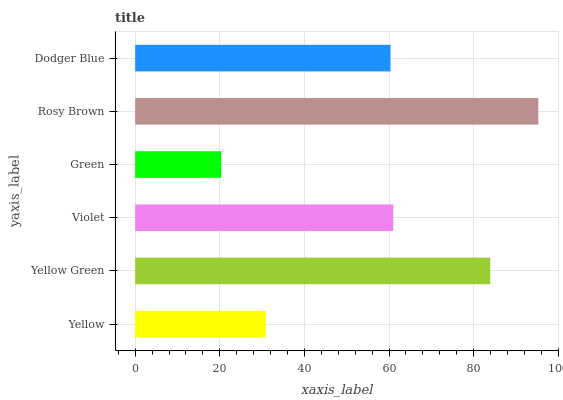
| yaxis_label | bars |
 | --- | --- |
 | Yellow | 30.8 |
 | Yellow Green | 83.9 |
 | Violet | 61 |
 | Green | 20.3 |
 | Rosy Brown | 95.3 |
 | Dodger Blue | 60.4 |